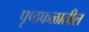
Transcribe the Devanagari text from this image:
पृष्ठफळातील